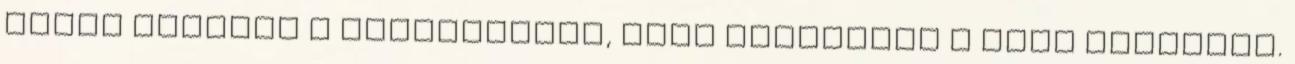
lehet dobálni a Landragorba, vagy méginkább a Xenó háborúba.